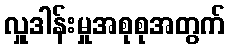
လှူဒါန်းမှုအစုစုအတွက်